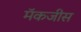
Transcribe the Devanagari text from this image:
मॅकजीस